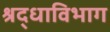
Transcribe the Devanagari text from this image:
श्रद्धाविभाग